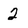
Character: 2